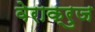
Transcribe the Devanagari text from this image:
वेराक्रुज